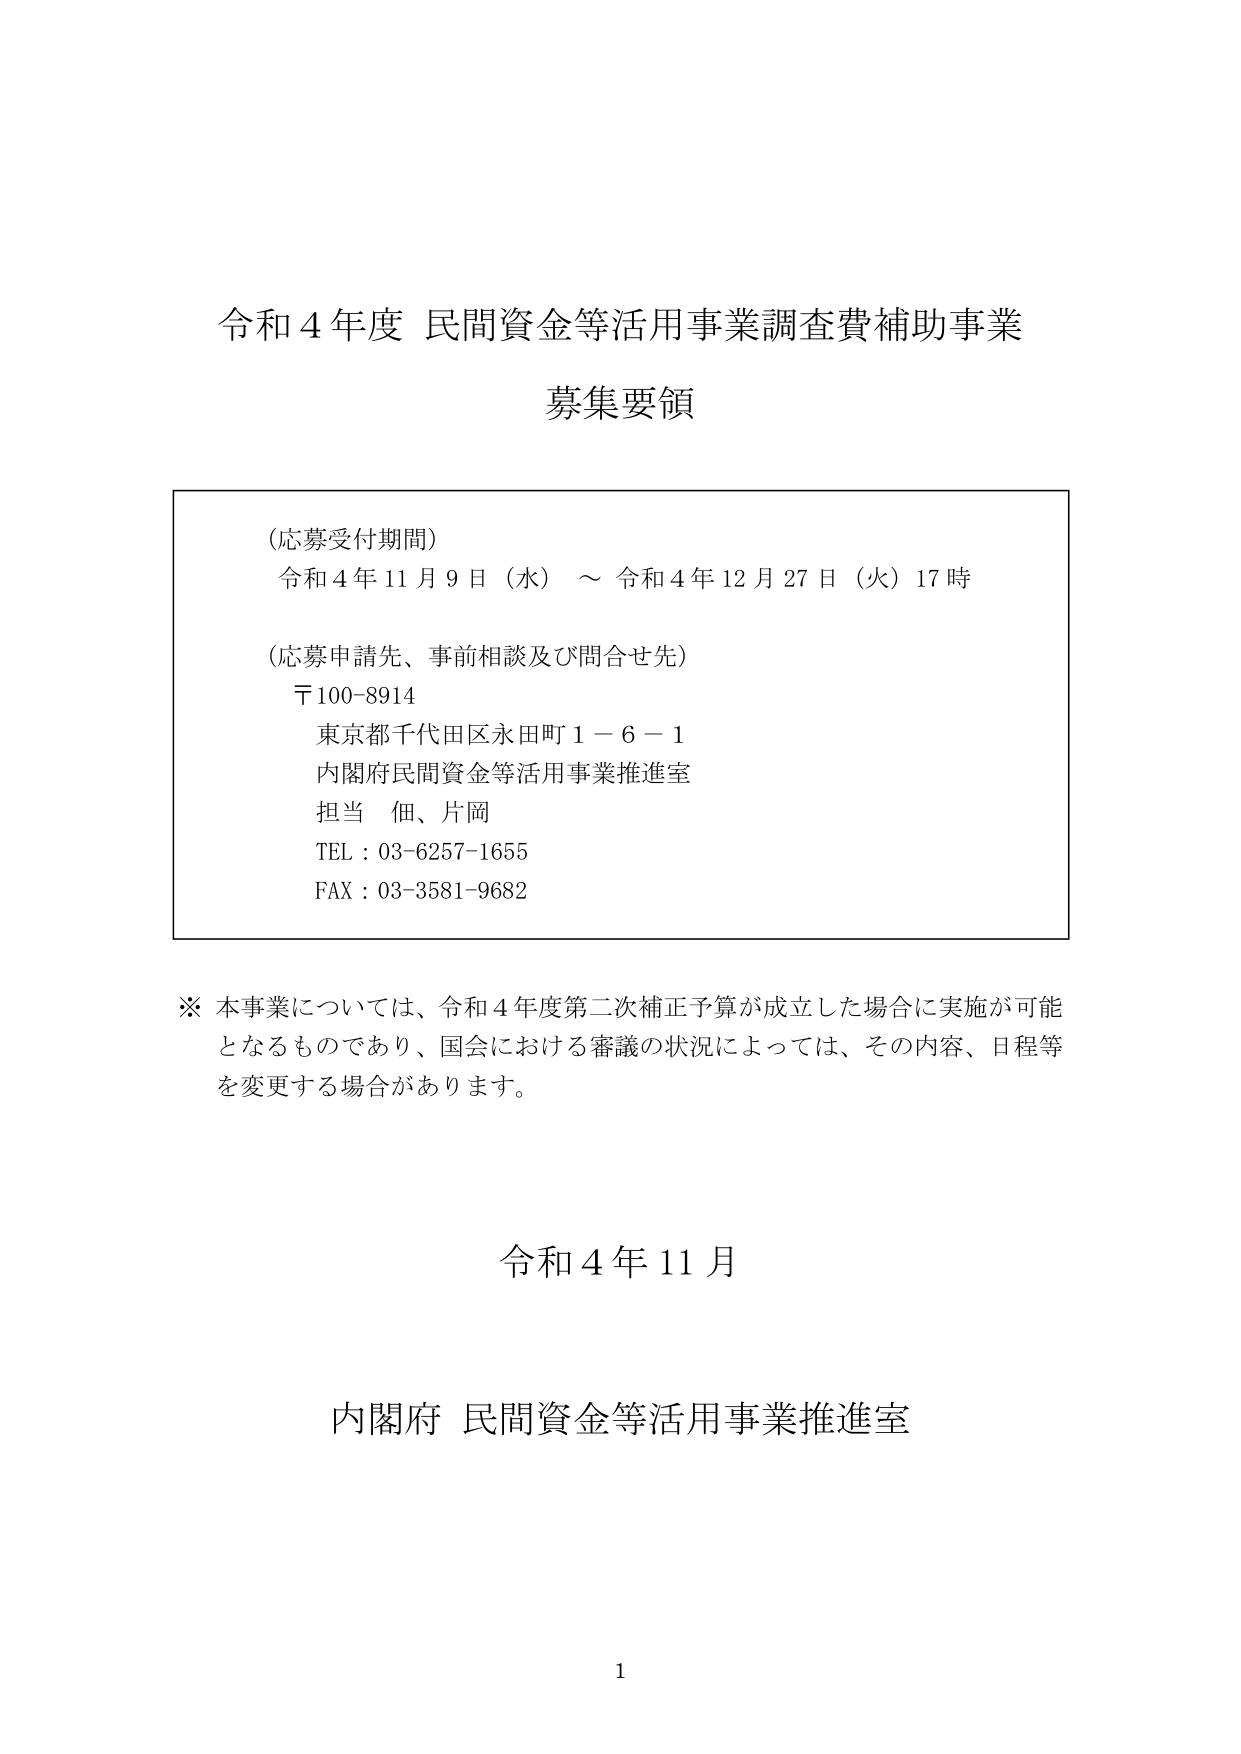
令和４年度 民間資金等活用事業調査費補助事業
募集要領

（応募受付期間）
令和４年１１月９日（水）～ 令和４年１２月２７日（火）１７時

（応募申請先、事前相談及び問合せ先）
〒100-8914
東京都千代田区永田町１－６－１
内閣府民間資金等活用事業推進室
担当 佃、片岡
TEL：03-6257-1655
FAX：03-3581-9682

※ 本事業については、令和４年度第二次補正予算が成立した場合に実施が可能となるものであり、国会における審議の状況によっては、その内容、日程等を変更する場合があります。

令和４年１１月

内閣府 民間資金等活用事業推進室

1